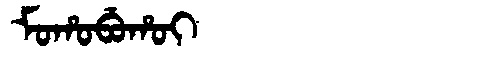
Manchu: ᠮᠣᡥᠣᠪᡠᡥᠣᡳ
Romanization: MOHOBUHOI